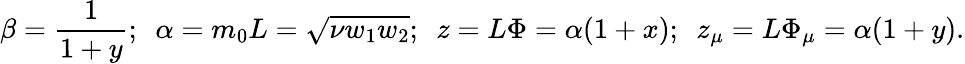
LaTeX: \beta=\frac 1{1+y};\, \, \, \alpha=m_{0}L=\sqrt{\nu w_{1}w_{2}};\, \, \, z=L\Phi=\alpha(1+x);\, \, \, z_{\mu}=L\Phi_{\mu}=\alpha(1+y).